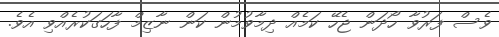
ވެސް ފަރުވާ ހޯދަން ޖެހޭ ކަމެއް ދިމާވުމުން ކަން ނާޒިމް ފާހަގަކުރެއްވި އެވެ.